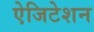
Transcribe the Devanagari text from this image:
ऐजिटेशन